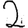
Digit: 2